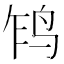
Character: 𲍱